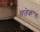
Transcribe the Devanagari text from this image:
प्ततेक